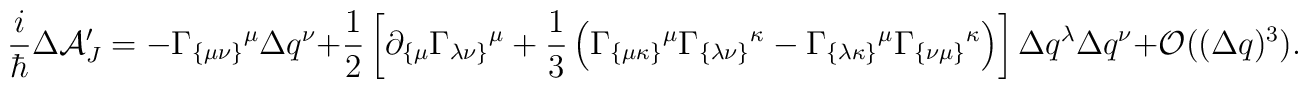
\frac{i}{\hbar }  \Delta {\cal A}_J' = -  \Gamma _{\{\mu  \nu  \}}{}^\mu        \Delta q^ \nu  + \frac{1}{2} \left[ \partial _{\{\mu }    \Gamma _{ \lambda  \nu \} }{}^\mu + \frac{1}{3}    \left( \Gamma _{\{ \mu  \kappa \}} {}^ \mu    \Gamma _{\{ \lambda  \nu \}} {}^ \kappa -  \Gamma _{\{  \lambda  \kappa \} }{}^\mu   \Gamma _{\{  \nu \mu \}}{}^ \kappa   \right)\right]   \Delta q^ \lambda   \Delta q ^ \nu+{\cal O}  (( \Delta q)^3).